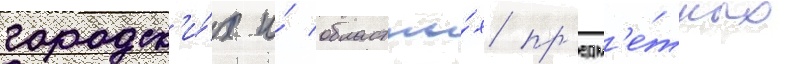
городск'и́х и́ областны́х пр'едм'е́тных